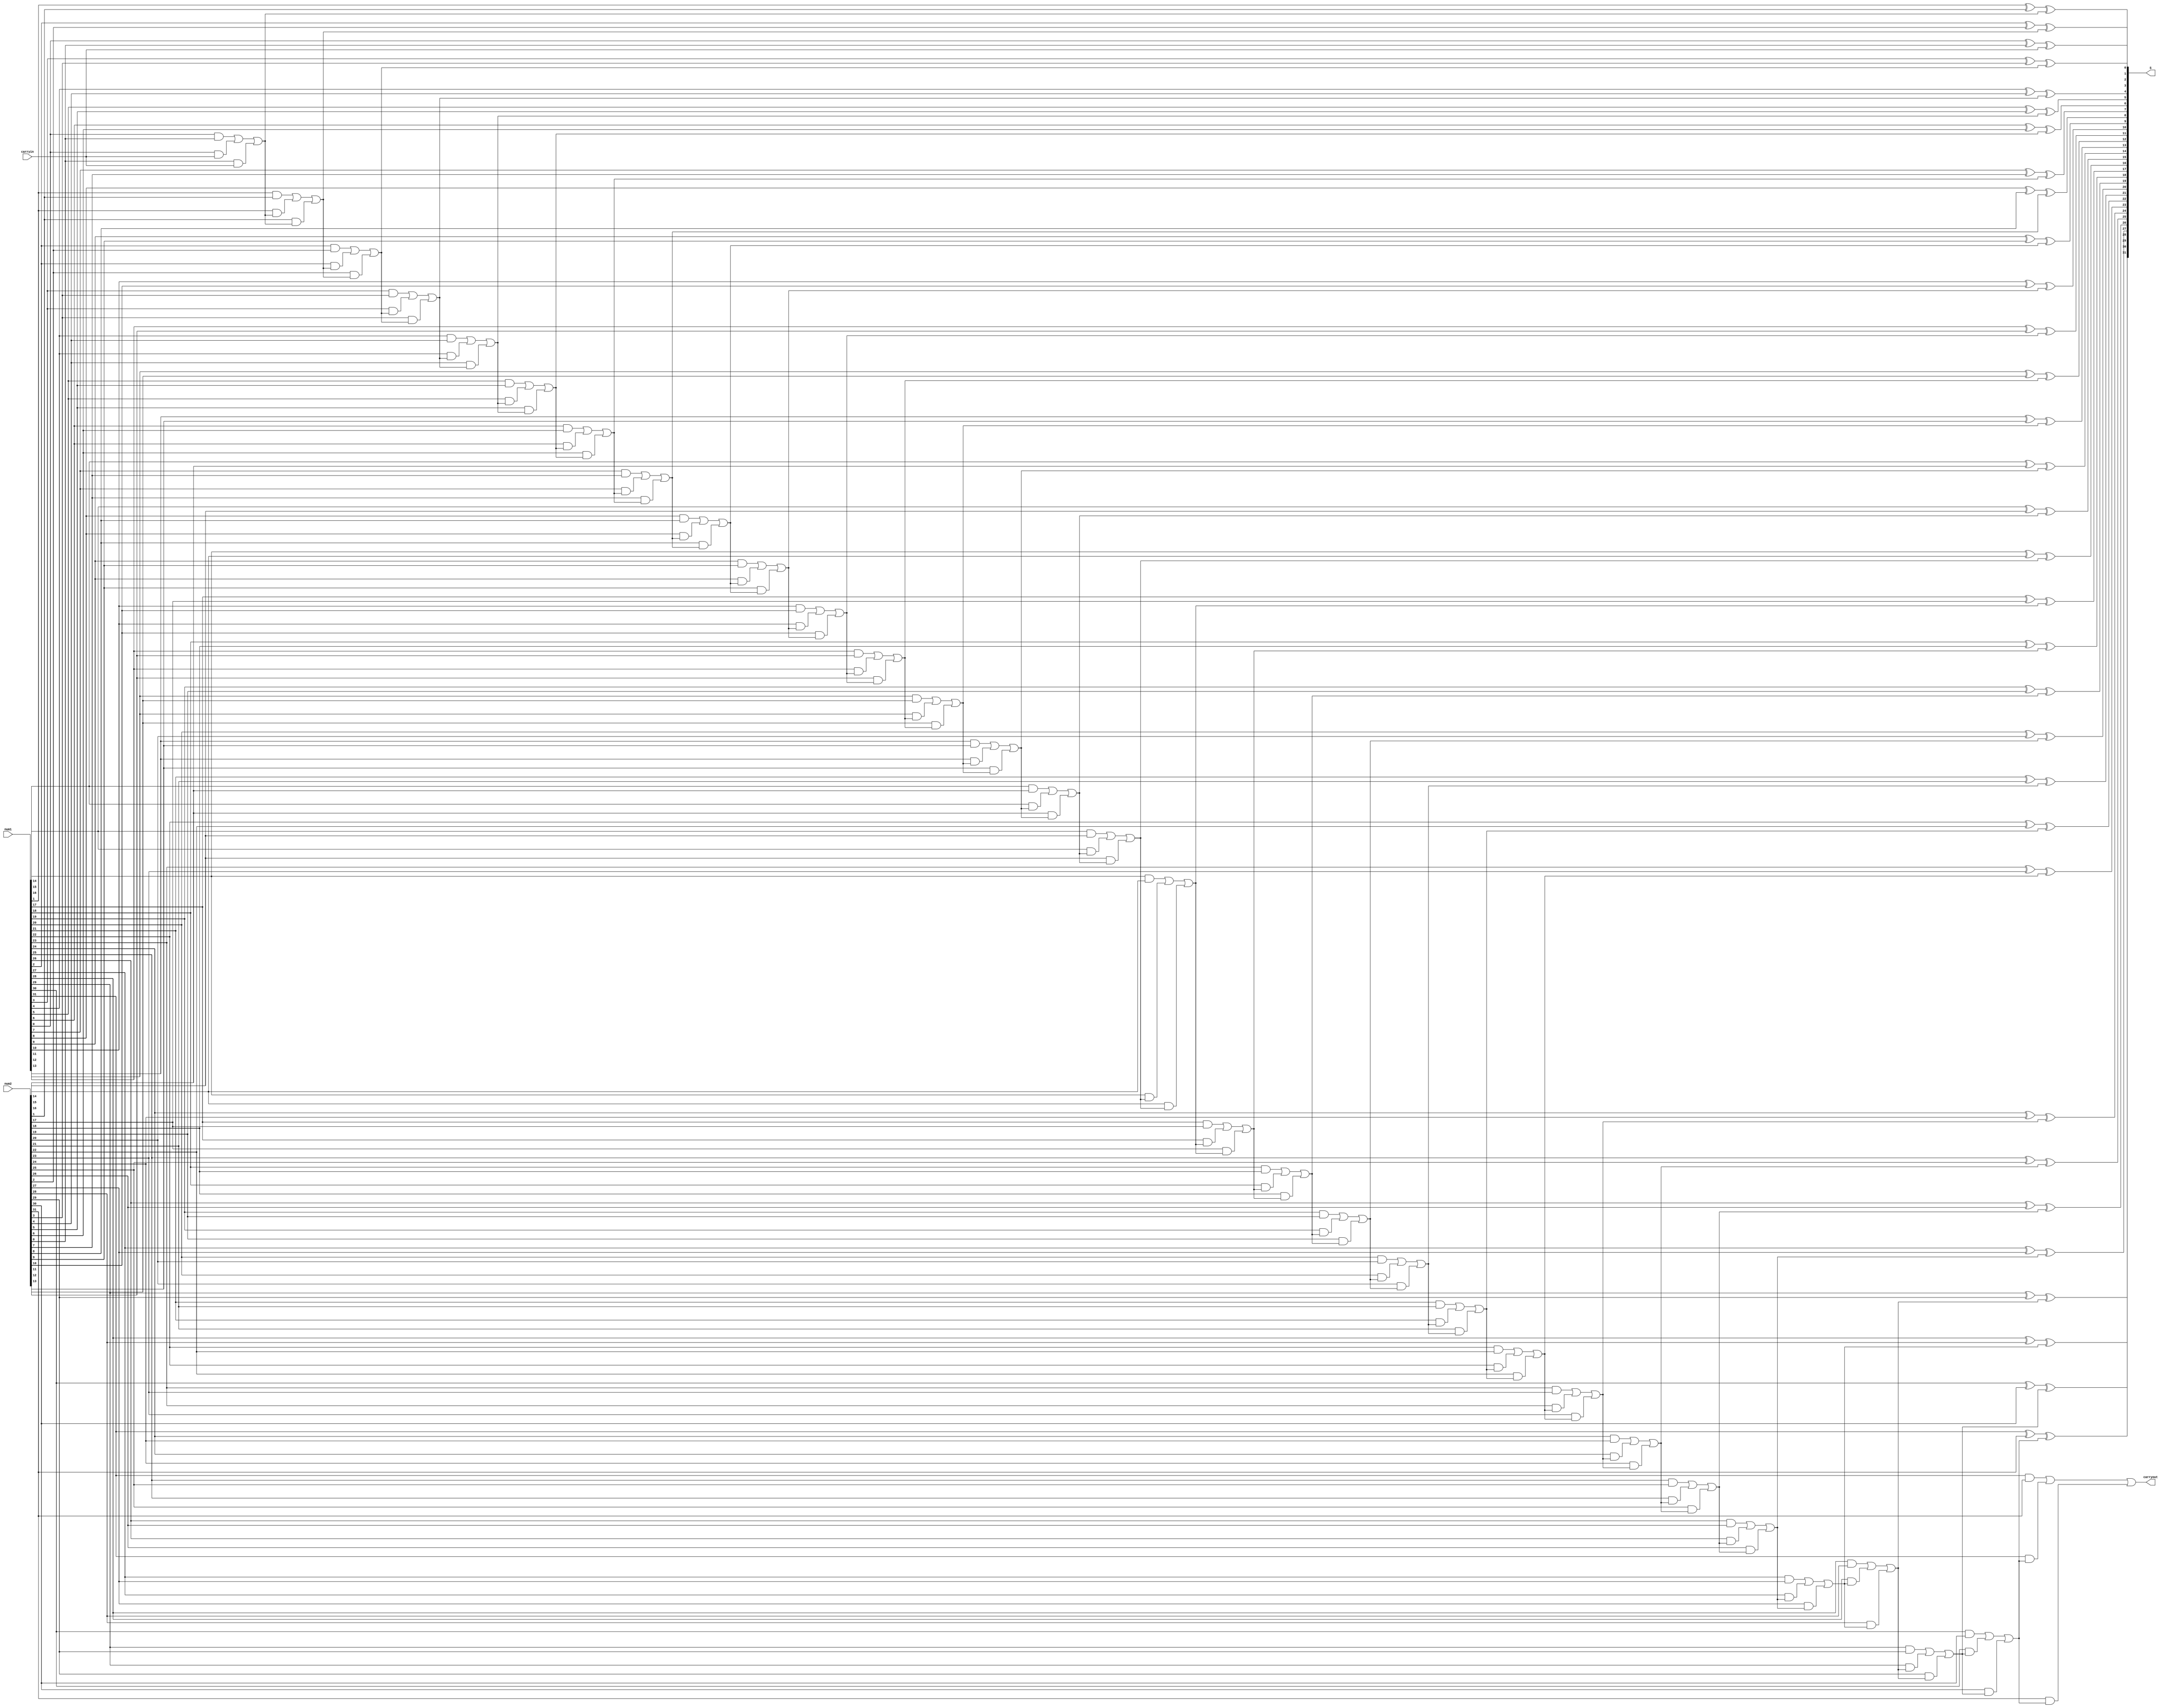
`timescale 1ns / 1ps
//////////////////////////////////////////////////////////////////////////////////
// Company: 
// Engineer: 
// 
// Design Name: 32bit_add
// Module Name: add_SC
// Project Name: 32bit_add
// Target Devices: zedboard
// Tool Versions: 
// Description: a simple experiment
// 
// Dependencies: 
// 
// Revision:
// Revision 0.01 - File Created
// Additional Comments:
// 
//////////////////////////////////////////////////////////////////////////////////


module add_SC(carryin, carryout, num1, num2, S);
    
    parameter n = 32;                    //32bit
    input [n-1:0] num1, num2;            //32bit input number
    input carryin;                       //
    output reg [n-1:0] S;                //
    reg [n:0] carry;                     //
    output reg carryout;                 //
    integer i;                           //
    
    always @(num1, num2, carryin)        //alwaysassign
    begin
        carry[0] = carryin;              //
        for(i = 0;i < n;i = i+1)         //
            begin
                S[i] = num1[i] ^ num2[i] ^ carry[i];        //
                carry[i+1] = (num1[i] & num2[i]) | (num1[i] & carry[i]) | (num2[i] & carry[i]);     //
            end
         carryout = carry[n];          //
     end
    
    
endmodule